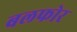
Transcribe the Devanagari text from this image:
बलफोर